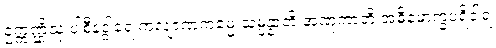
ဥက္ကဏ္ဌိံသု ပါစီနဒွါရေ ကလျာဏကမ္မေ သမ္ပန္နာတိ အဏုကာတိ အဓိမောက္ခပရိဝါရံ